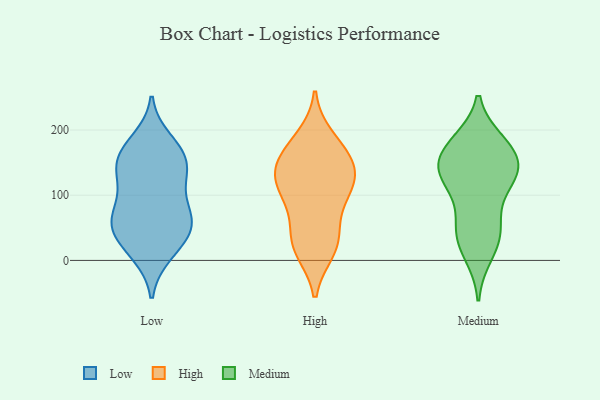
{"axis": {"x": "Customer Acquisition Cost (USD)", "y": "Value"}, "legend": ["High", "Low", "Medium"], "data": [{"x": "", "y": 117, "type": "Low"}, {"x": "", "y": 184, "type": "Low"}, {"x": "", "y": 47, "type": "Low"}, {"x": "", "y": 161, "type": "Low"}, {"x": "", "y": 160, "type": "Low"}, {"x": "", "y": 59, "type": "Low"}, {"x": "", "y": 13, "type": "Low"}, {"x": "", "y": 97, "type": "Low"}, {"x": "", "y": 171, "type": "Low"}, {"x": "", "y": 71, "type": "Low"}, {"x": "", "y": 48, "type": "Low"}, {"x": "", "y": 148, "type": "Low"}, {"x": "", "y": 35, "type": "Low"}, {"x": "", "y": 10, "type": "Low"}, {"x": "", "y": 133, "type": "Low"}, {"x": "", "y": 134, "type": "Low"}, {"x": "", "y": 64, "type": "Low"}, {"x": "", "y": 66, "type": "Low"}, {"x": "", "y": 126, "type": "High"}, {"x": "", "y": 137, "type": "High"}, {"x": "", "y": 171, "type": "High"}, {"x": "", "y": 26, "type": "High"}, {"x": "", "y": 88, "type": "High"}, {"x": "", "y": 16, "type": "High"}, {"x": "", "y": 23, "type": "High"}, {"x": "", "y": 45, "type": "High"}, {"x": "", "y": 143, "type": "High"}, {"x": "", "y": 106, "type": "High"}, {"x": "", "y": 103, "type": "High"}, {"x": "", "y": 187, "type": "High"}, {"x": "", "y": 133, "type": "High"}, {"x": "", "y": 164, "type": "High"}, {"x": "", "y": 181, "type": "Medium"}, {"x": "", "y": 136, "type": "Medium"}, {"x": "", "y": 127, "type": "Medium"}, {"x": "", "y": 143, "type": "Medium"}, {"x": "", "y": 43, "type": "Medium"}, {"x": "", "y": 139, "type": "Medium"}, {"x": "", "y": 121, "type": "Medium"}, {"x": "", "y": 66, "type": "Medium"}, {"x": "", "y": 50, "type": "Medium"}, {"x": "", "y": 175, "type": "Medium"}, {"x": "", "y": 27, "type": "Medium"}, {"x": "", "y": 124, "type": "Medium"}, {"x": "", "y": 168, "type": "Medium"}, {"x": "", "y": 10, "type": "Medium"}, {"x": "", "y": 175, "type": "Medium"}]}